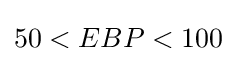
50<EBP<100